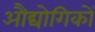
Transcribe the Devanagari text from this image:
औद्योगिकों